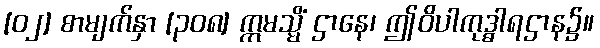
[၀၂] စာမျက်နှာ [၃၀၈] ဣမသ္မိံ ဌာနေ၊ ဤဝိပါကုဒ္ဓါရဌာန၌။